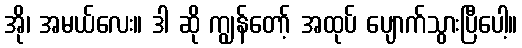
အို၊ အမယ်လေး။ ဒါ ဆို ကျွန်တော့် အထုပ် ပျောက်သွားပြီပေါ့။